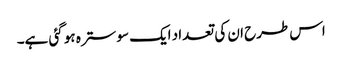
اس طرح ان کی تعداد ایک سو سترہ ہو گئی ہے۔